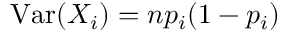
\operatorname { V a r } ( X _ { i } ) = n p _ { i } ( 1 - p _ { i } )